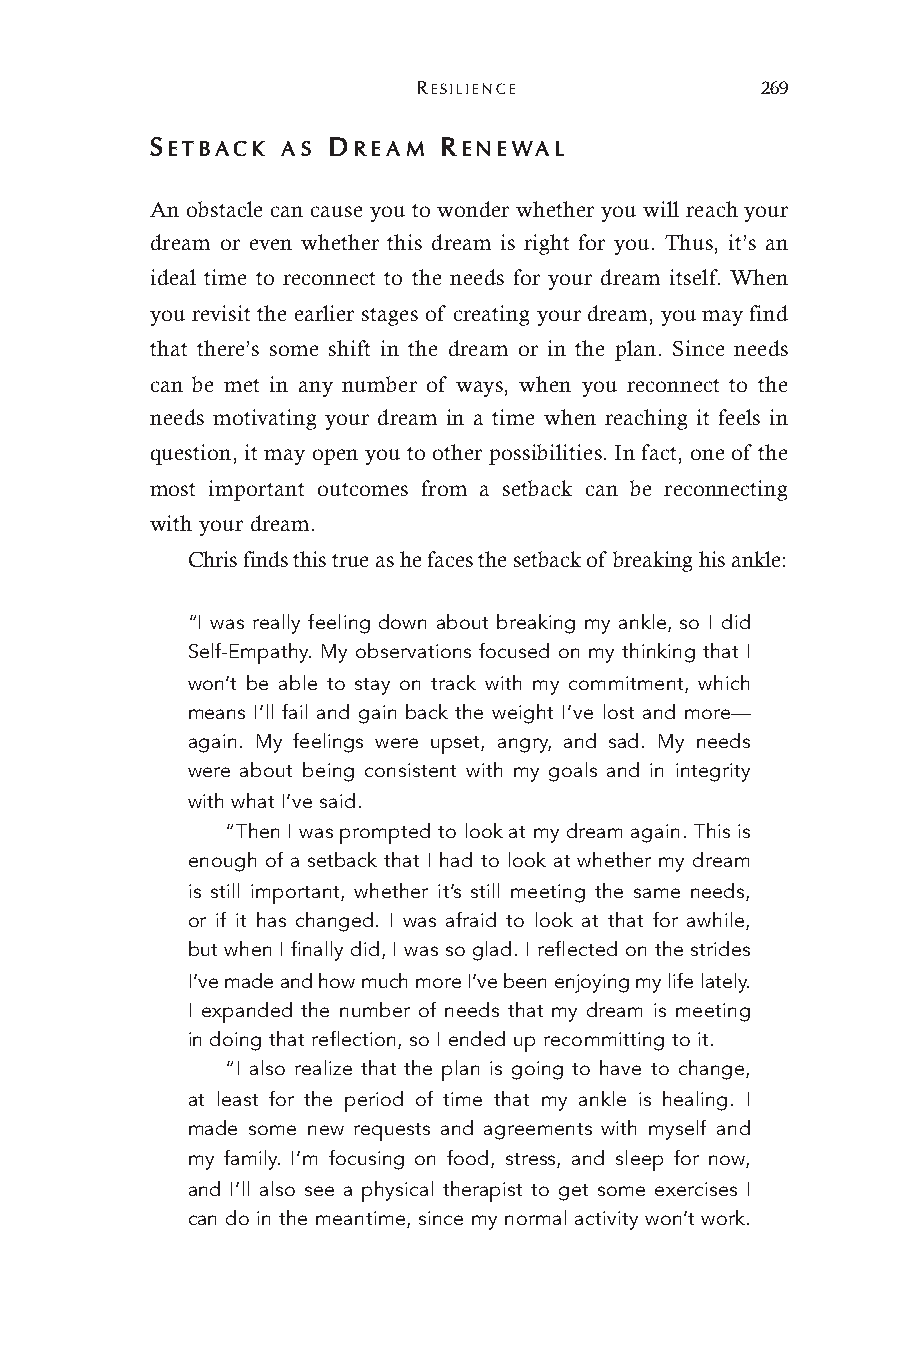
RESILIENCE            269
 SETBACK  AS DREAM  RENEWAL
 An obstacle can cause you to wonder whether you will reach your
 dream or even whether this dream is right for you. Thus, it’s an
 ideal time to reconnect to the needs for your dream itself. When
 you revisit the earlier stages of creating your dream, you may find
 that there’s some shift in the dream or in the plan. Since needs
 can be met in any number of ways, when you reconnect to the
 needs motivating your dream in a time when reaching it feels in
 question, it may open you to other possibilities. In fact, one of the
 most important outcomes from a setback can be reconnecting
 with your dream.
 Chris finds this true as he faces the setback of breaking his ankle:
 “I was really feeling down about breaking my ankle, so I did
 Self-Empathy. My observations focused on my thinking that I
 won’t be able to stay on track with my commitment, which
 means I’ll fail and gain back the weight I’ve lost and more—
 again. My feelings were upset, angry, and sad. My needs
 were about being consistent with my goals and in integrity
 with what I’ve said.
 “Then I was prompted to look at my dream again. This is
 enough of a setback that I had to look at whether my dream
 is still important, whether it’s still meeting the same needs,
 or if it has changed. I was afraid to look at that for awhile,
 but when I finally did, I was so glad. I reflected on the strides
 I’ve made and how much more I’ve been enjoying my life lately.
 I expanded the number of needs that my dream is meeting
 in doing that reflection, so I ended up recommitting to it.
 “I also realize that the plan is going to have to change,
 at least for the period of time that my ankle is healing. I
 made some new requests and agreements with myself and
 my family. I’m focusing on food, stress, and sleep for now,
 and I’ll also see a physical therapist to get some exercises I
 can do in the meantime, since my normal activity won’t work.